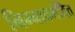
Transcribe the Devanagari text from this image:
निम्नावमंदित